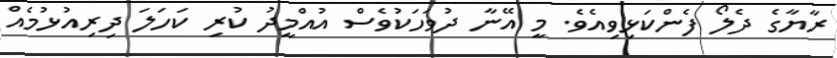
ރާޔާގެ ދެލޯ ފެންކަޅިވިއެވެ. މީ އޭނާ ދުވަހަކުވެސް އުއްމީދު ކުރި ކަހަލަ ދިރިއުޅުމެއް